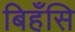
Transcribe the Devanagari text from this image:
बिहँसि